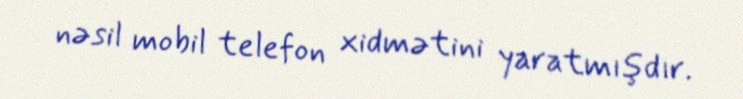
nəsil mobil telefon xidmətini yaratmışdır.